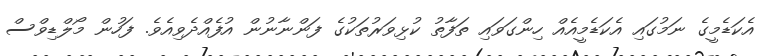
އެކަޑެމީގެ ނަމުގައި އެކަޑެމީއެއް ހިންގަވައި ތަފާތު ކުޅިވަރުތަކުގެ ފަންނާނުން އުފެއްދެވިއެވެ. ފަހުން މޯލްޑިވްސް